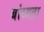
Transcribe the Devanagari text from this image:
बांध्यता